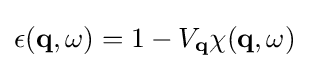
\epsilon (\mathbf {q} ,\omega )=1-V_{\mathbf {q} }\chi (\mathbf {q} ,\omega )